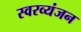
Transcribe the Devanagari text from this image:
स्वरव्यंजन